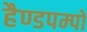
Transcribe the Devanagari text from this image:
हैण्डपम्पों